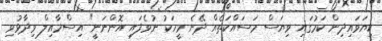
ކިޔަވައިދިން ކަމުގައި ވިޔަސް މަސައްކަތެއް ދޭނެ މީހަކު ނުވެފައި އޮންނަނީ" އިސްމާއިލް ވިދާޅުވި